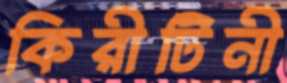
কিরীটিনী